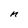
Character: M